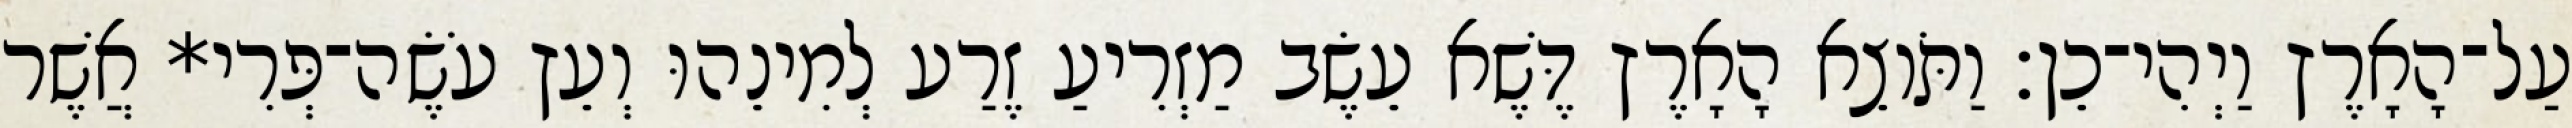
עַל־הָאָרֶץ וַיְהִי־כֵן׃ וַתֹּוצֵא הָאָרֶץ דֶּשֶׁא עֵשֶׂב מַזְרִיעַ זֶרַע לְמִינֵהוּ וְעֵץ עֹשֶׂה־פְּרִי* אֲשֶׁר